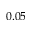
0 . 0 5